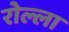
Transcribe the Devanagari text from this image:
रोल्ला